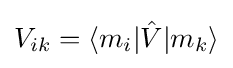
V_{ik}=\langle m_{i}|{\hat {V}}|m_{k}\rangle